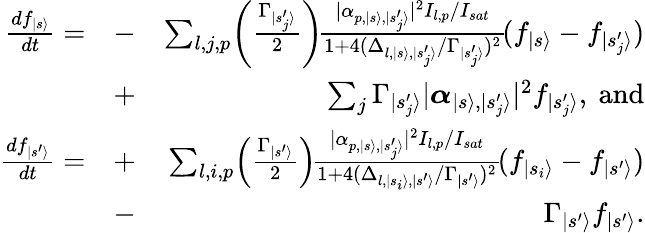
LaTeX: \begin{array}{rlr}{\frac{df_{|s\rangle}}{dt}=}&{-}&{\sum_{l,j,p}\! \left({\frac{\Gamma_{|s_{j}^{\prime}\rangle}}{2}}\right)\! {\frac{|\alpha_{p,|s\rangle,|s_{j}^{\prime}\rangle}|^{2}I_{l,p}/I_{sat}}{1+4(\Delta_{l,|s\rangle,|s_{j}^{\prime}\rangle}/\Gamma_{|s_{j}^{\prime}\rangle})^{2}}}\! (f_{|s\rangle}-f_{|s_{j}^{\prime}\rangle})}\\ &{+}&{\ \sum_{j}\Gamma_{|s_{j}^{\prime}\rangle}|\boldsymbol{\alpha}_{|s\rangle,|s_{j}^{\prime}\rangle}|^{2}f_{|s_{j}^{\prime}\rangle},\ \mathrm{and}}\\ {\frac{df_{|s^{\prime}\rangle}}{dt}=}&{+}&{\sum_{l,i,p}\! \left({\frac{\Gamma_{|s^{\prime}\rangle}}{2}}\right)\! {\frac{|\alpha_{p,|s\rangle,|s_{j}^{\prime}\rangle}|^{2}I_{l,p}/I_{sat}}{1+4(\Delta_{l,|s_{i}\rangle,|s^{\prime}\rangle}/\Gamma_{|s^{\prime}\rangle})^{2}}}\! (f_{|s_{i}\rangle}-f_{|s^{\prime}\rangle})}\\ &{-}&{\ \Gamma_{|s^{\prime}\rangle}f_{|s^{\prime}\rangle}.}\end{array}